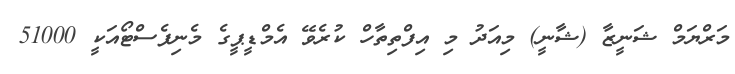
މަރްޔަމް ޝަނީޒާ (ޝާނީ) މިއަދު މި އިފްތިތާހް ކުރެވޭ އެމްޑީޕީގެ މެނިފެސްޓޯއަކީ 51000